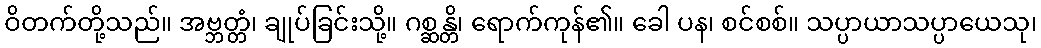
ဝိတက်တို့သည်။ အဗ္ဘတ္တံ၊ ချုပ်ခြင်းသို့။ ဂစ္ဆန္တိ၊ ရောက်ကုန်၏။ ခေါ ပန၊ စင်စစ်။ သပ္ပာယာသပ္ပာယေသု၊